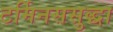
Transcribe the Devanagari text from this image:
टर्मिनससुद्धा